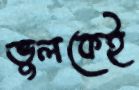
ভুলকেই